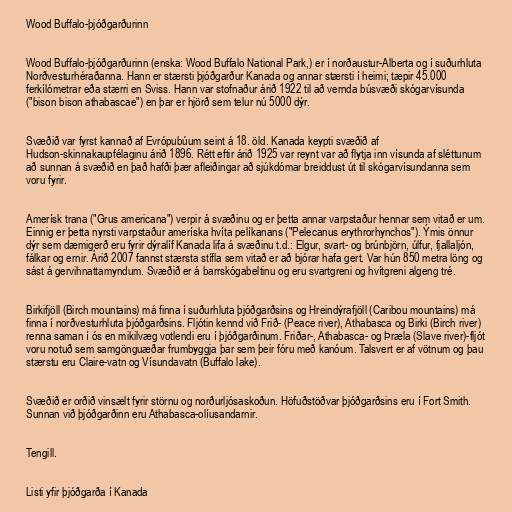
Wood Buffalo-þjóðgarðurinn

Wood Buffalo-þjóðgarðurinn (enska: Wood Buffalo National Park,) er í norðaustur-Alberta og í suðurhluta
Norðvesturhéraðanna. Hann er stærsti þjóðgarður Kanada og annar stærsti í heimi; tæpir 45.000
ferkílómetrar eða stærri en Sviss. Hann var stofnaður árið 1922 til að vernda búsvæði skógarvísunda
("bison bison athabascae") en þar er hjörð sem telur nú 5000 dýr.

Svæðið var fyrst kannað af Evrópubúum seint á 18. öld. Kanada keypti svæðið af
Hudson-skinnakaupfélaginu árið 1896. Rétt eftir árið 1925 var reynt var að flytja inn vísunda af sléttunum
að sunnan á svæðið en það hafði þær afleiðingar að sjúkdómar breiddust út til skógarvísundanna sem
voru fyrir.

Amerísk trana ("Grus americana") verpir á svæðinu og er þetta annar varpstaður hennar sem vitað er um.
Einnig er þetta nyrsti varpstaður ameríska hvíta pelíkanans ("Pelecanus erythrorhynchos"). Ýmis önnur
dýr sem dæmigerð eru fyrir dýralíf Kanada lifa á svæðinu t.d.: Elgur, svart- og brúnbjörn, úlfur, fjallaljón,
fálkar og ernir. Árið 2007 fannst stærsta stífla sem vitað er að bjórar hafa gert. Var hún 850 metra löng og
sást á gervihnattamyndum. Svæðið er á barrskógabeltinu og eru svartgreni og hvítgreni algeng tré.

Birkifjöll (Birch mountains) má finna í suðurhluta þjóðgarðsins og Hreindýrafjöll (Caribou mountains) má
finna í norðvesturhluta þjóðgarðsins. Fljótin kennd við Frið- (Peace river), Athabasca og Birki (Birch river)
renna saman í ós en mikilvæg votlendi eru í þjóðgarðinum. Friðar-, Athabasca- og Þræla (Slave river)-fljót
voru notuð sem samgönguæðar frumbyggja þar sem þeir fóru með kanóum. Talsvert er af vötnum og þau
stærstu eru Claire-vatn og Vísundavatn (Buffalo lake).

Svæðið er orðið vinsælt fyrir störnu og norðurljósaskoðun. Höfuðstöðvar þjóðgarðsins eru í Fort Smith.
Sunnan við þjóðgarðinn eru Athabasca-olíusandarnir.

Tengill.

Listi yfir þjóðgarða í Kanada